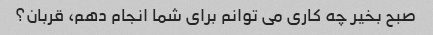
صبح بخیر چه کاری می توانم برای شما انجام دهم، قربان؟